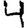
Digit: 4